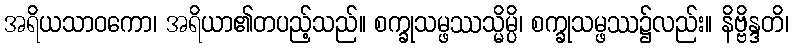
အရိယသာဝကော၊ အရိယာ၏တပည့်သည်။ စက္ခုသမ္ဖဿသ္မိမ္ပိ၊ စက္ခုသမ္ဖဿ၌လည်း။ နိဗ္ဗိန္ဒတိ၊